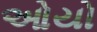
ઓયો